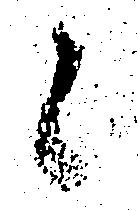
候